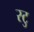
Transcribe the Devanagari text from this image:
स्टु